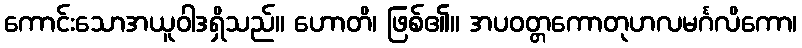
ကောင်းသောအယူဝါဒရှိသည်။ ဟောတိ၊ ဖြစ်၏။ အပဝတ္တကောတုဟလမင်္ဂလိကော၊